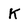
Character: K